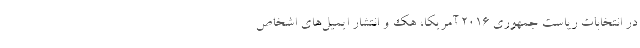
در انتخابات ریاست جمهوری ۲۰۱۶ آمریکا، هک و انتشار ایمیل‌های اشخاص